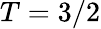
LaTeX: T=3/2